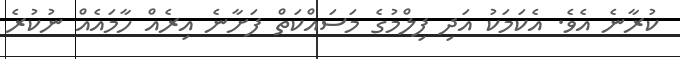
ކުރާނެ އެވެ. އެކަމަކު އަދި ފިލްމުގެ މަސައްކަތް ފަށާނެ އިރެއް ހާމައެއް ނުކުރެ